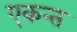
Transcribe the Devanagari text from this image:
एकन्त